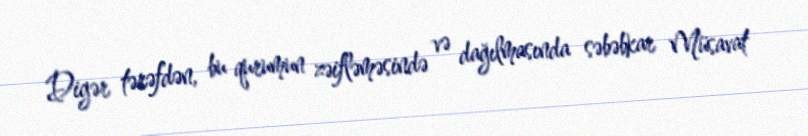
Digər tərəfdən, bu qurumun zəifləməsində və dağılmasında səbəbkar Müsavat